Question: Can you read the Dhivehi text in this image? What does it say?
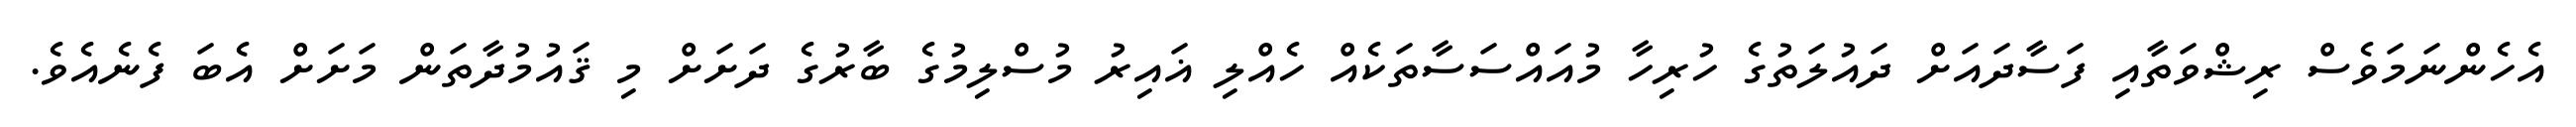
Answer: އެހެންނަމަވެސް ރިޝްވަތާއި ފަސާދައަށް ދައުލަތުގެ ހުރިހާ މުއައްސަސާތަކެއް ހެއްލި ޣައިރު މުސްލިމުގެ ބާރުގެ ދަށަށް މި ޤައުމުދާތަން މަށަށް އެބަ ފެނެއެވެ.